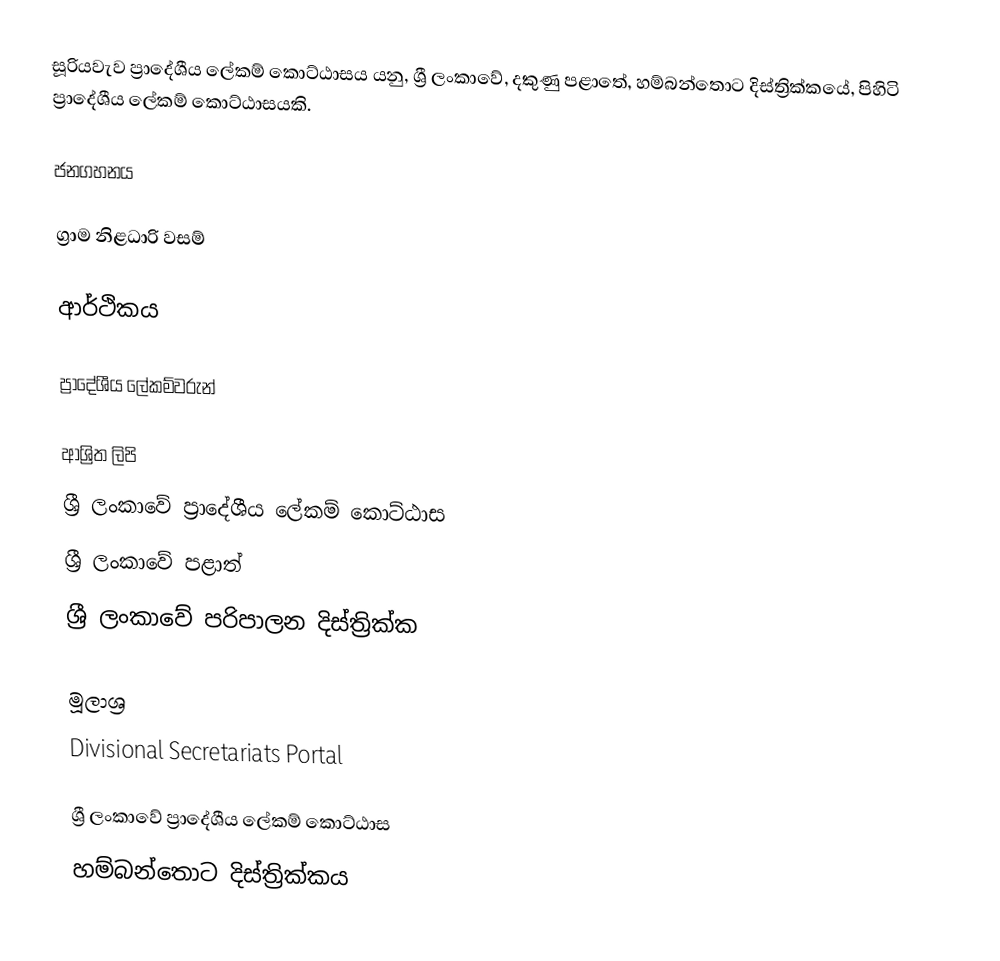
සූරියවැව ප්‍රාදේශීය ලේකම් කොට්ඨාසය යනු,  ශ්‍රී ලංකාවේ, දකුණු පළාතේ,   හම්බන්තොට දිස්ත්‍රික්කයේ, පිහිටි ප්‍රාදේශීය ලේකම් කොට්ඨාසයකි.

ජනගහනය

ග්‍රාම නිළධාරි වසම්

ආර්ථිකය

ප්‍රාදේශීය ලේකම්වරුන්

ආශ්‍රිත ලිපි
ශ්‍රී ලංකාවේ ප්‍රාදේශීය ලේකම් කොට්ඨාස
ශ්‍රී ලංකාවේ පළාත්
ශ්‍රී ලංකාවේ පරිපාලන දිස්ත්‍රික්ක

මූලාශ්‍ර
 Divisional Secretariats Portal

ශ්‍රී ලංකාවේ ප්‍රාදේශීය ලේකම් කොට්ඨාස
හම්බන්තොට දිස්ත්‍රික්කය